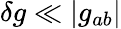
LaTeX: \delta g\ll\vert g_{ab}\vert